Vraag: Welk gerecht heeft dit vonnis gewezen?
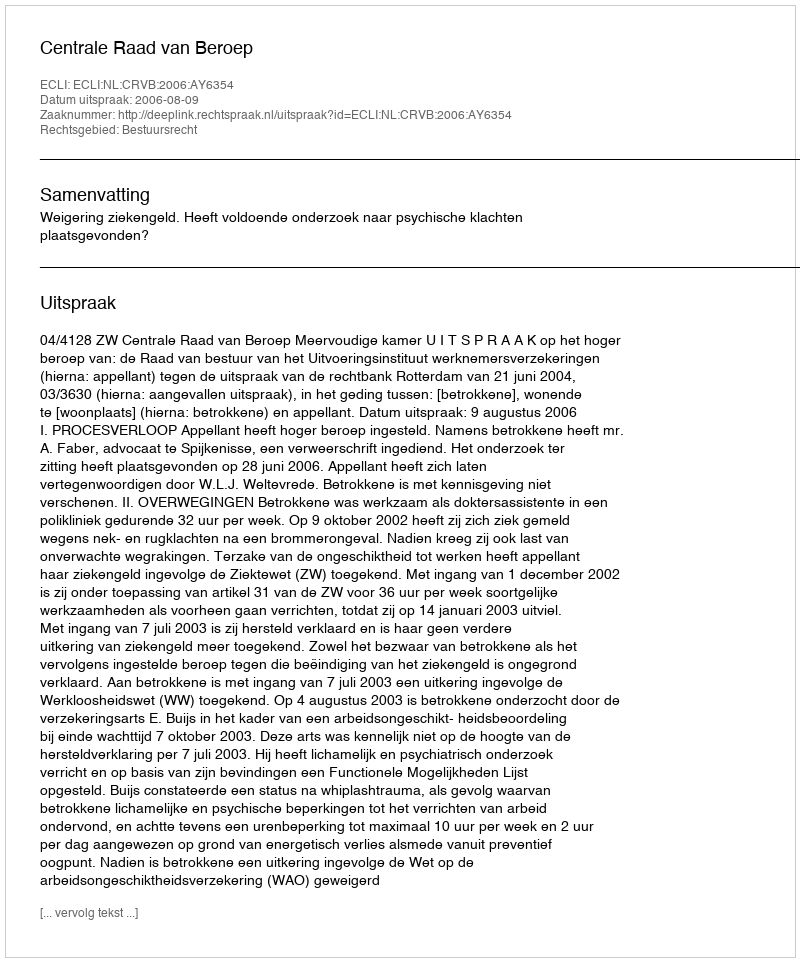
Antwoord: Centrale Raad van Beroep